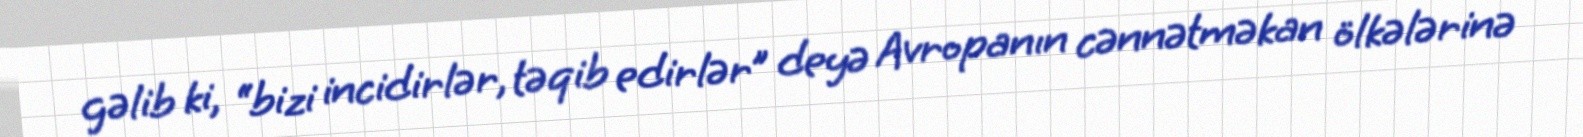
gəlib ki, “bizi incidirlər, təqib edirlər” deyə Avropanın cənnətməkan ölkələrinə